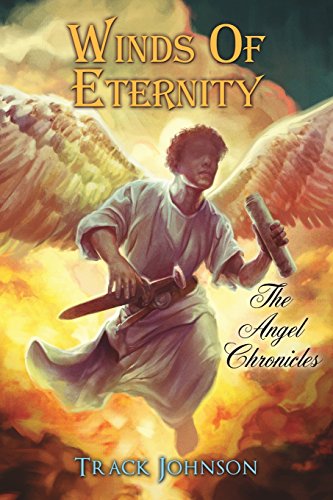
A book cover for Winds Of Eternity; Track Johnson; Christian Books & Bibles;